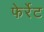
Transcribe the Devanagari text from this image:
फेर्रेट